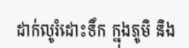
ដាក់លូរំដោះទឹក ក្នុងភូមិ និង